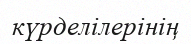
күрделілерінің